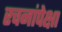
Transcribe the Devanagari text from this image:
रचनांपेक्षा